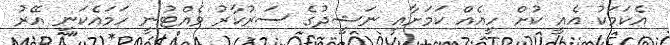
އެކަމަކު އެއީ ކުށް ހީއެއް ކަމަށާއި ނަޝީދުގެ ސަރުކާރު ވެއްޓުނީ ހަމައެކަނި އޭރު